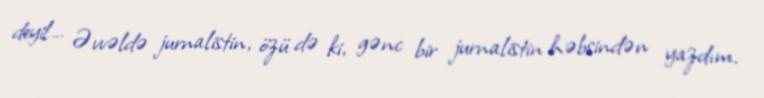
deyil... Əvvəldə jurnalistin, özü də ki, gənc bir jurnalistin həbsindən yazdım.